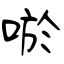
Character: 唹